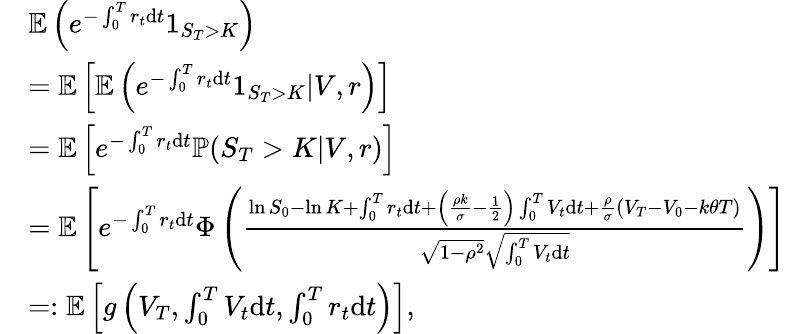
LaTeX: \begin{array}{rl}&{\mathbb{E}\left(e^{-\int_{0}^{T}r_{t}\mathrm{d}t}1_{S_{T}>K}\right)}\\ &{=\mathbb{E}\left[\mathbb{E}\left(e^{-\int_{0}^{T}r_{t}\mathrm{d}t}1_{S_{T}>K}|V,r\right)\right]}\\ &{=\mathbb{E}\left[e^{-\int_{0}^{T}r_{t}\mathrm{d}t}\mathbb{P}(S_{T}>K|V,r)\right]}\\ &{=\mathbb{E}\left[e^{-\int_{0}^{T}r_{t}\mathrm{d}t}\Phi\left(\frac{\ln S_{0}-\ln K+\int_{0}^{T}r_{t}\mathrm{d}t+\left(\frac{\rho k}{\sigma}-\frac{1}{2}\right)\int_{0}^{T}V_{t}\mathrm{d}t+\frac{\rho}{\sigma}\left(V_{T}-V_{0}-k\theta T\right)}{\sqrt{1-\rho^{2}}\sqrt{\int_{0}^{T}V_{t}\mathrm{d}t}}\right)\right]}\\ &{=:\mathbb{E}\left[g\left(V_{T},\int_{0}^{T}V_{t}\mathrm{d}t,\int_{0}^{T}r_{t}\mathrm{d}t\right)\right],}\end{array}